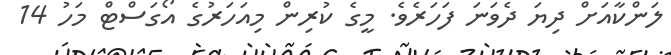
ލަންކާއަށް ދިޔަ ދެވަނަ ފަހަރެވެ. މީގެ ކުރިން މިއަހަރުގެ އޯގަސްޓް މަހު 14